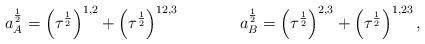
LaTeX: \begin{align*}a^{\frac 1 2}_A &= \left(\tau^{\frac 1 2}\right)^{1,2} + \left(\tau^{\frac 1 2}\right)^{12,3} & a^{\frac 1 2}_B &= \left(\tau^{\frac 1 2}\right)^{2,3} + \left(\tau^{\frac 1 2}\right)^{1,23},\end{align*}